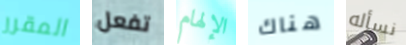
المقرر تفعل الإلهام هناك نسأله